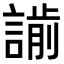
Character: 𧫌